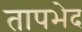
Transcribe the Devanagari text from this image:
तापभेद